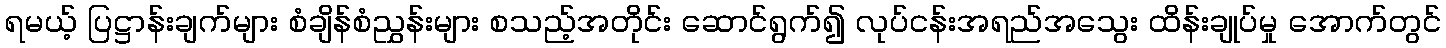
ရမယ့် ပြဋ္ဌာန်းချက်များ စံချိန်စံညွှန်းများ စသည့်အတိုင်း ဆောင်ရွက်၍ လုပ်ငန်းအရည်အသွေး ထိန်းချုပ်မှု အောက်တွင်